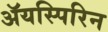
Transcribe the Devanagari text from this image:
ॲयस्पिरिन